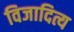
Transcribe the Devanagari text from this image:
विजादित्य